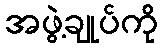
အဖွဲ့ချုပ်ကို